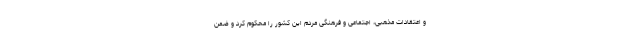
و اعتقادات مذهبی، اجتماعی و فرهنگی مردم این کشور را محکوم کرد و ضمن